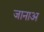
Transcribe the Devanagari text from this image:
जानाअ